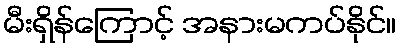
မီးရှိန်ကြောင့် အနားမကပ်နိုင်။